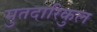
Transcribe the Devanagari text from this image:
मुतदारिकुल